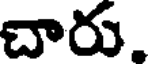
చారు.